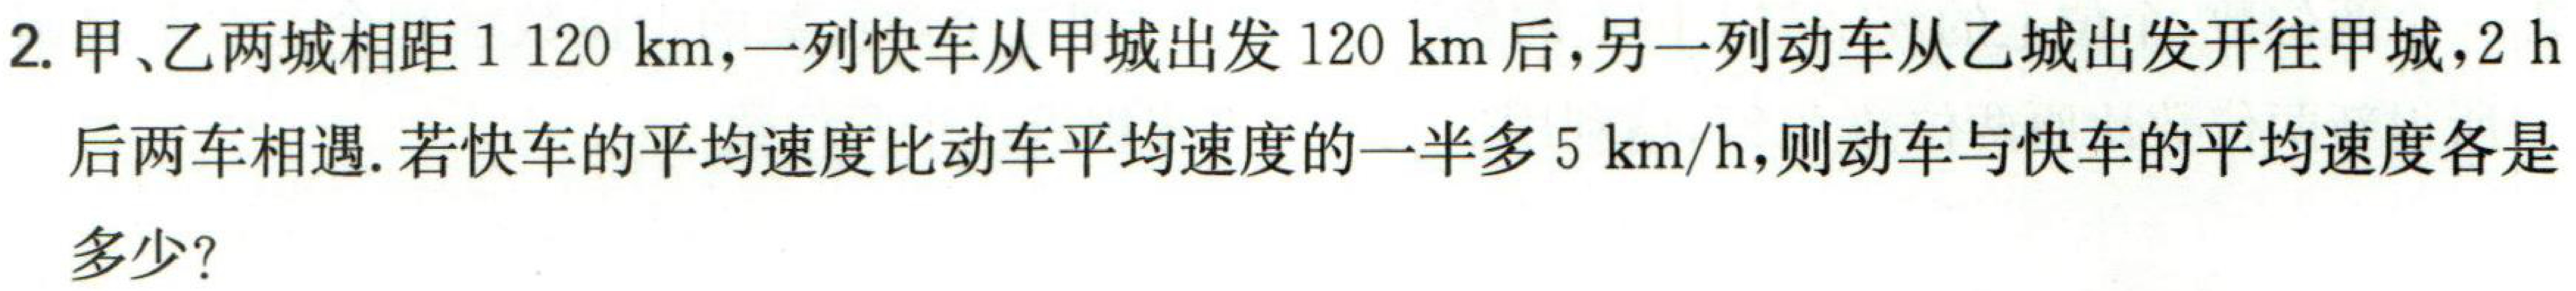
2. 甲、乙两城相距\(1120\mathrm{km}\)，一列快车从甲城出发\(120\mathrm{km}\)后，另一列动车从乙城出发开往甲城，\(2\mathrm{h}\)后两车相遇. 若快车的平均速度比动车平均速度的一半多\(5\mathrm{km/h}\)，则动车与快车的平均速度各是多少？